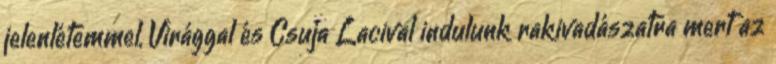
jelenlétemmel, Virággal és Csuja Lacival indulunk rakivadászatra mert az